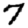
Digit: 7